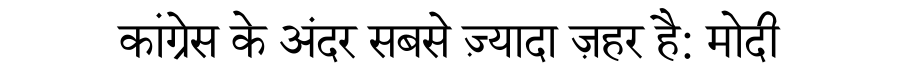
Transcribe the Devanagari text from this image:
कांग्रेस के अंदर सबसे ज़्यादा ज़हर है: मोदी